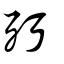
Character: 㱙